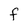
Character: f